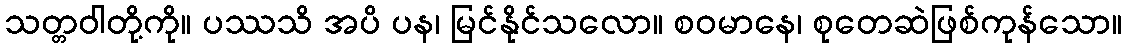
သတ္တဝါတို့ကို။ ပဿသိ အပိ ပန၊ မြင်နိုင်သလော။ စဝမာနေ၊ စုတေဆဲဖြစ်ကုန်သော။